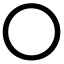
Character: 〇